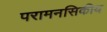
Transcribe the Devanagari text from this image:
परामनसिकीय